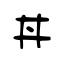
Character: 丼